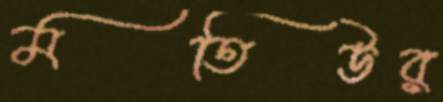
মতিউর